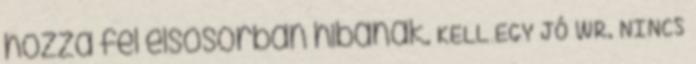
hozza fel elsősorban hibának. KELL EGY JÓ WR. NINCS